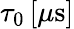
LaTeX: \tau_{0}\, [\mu\mathrm{s}]